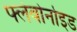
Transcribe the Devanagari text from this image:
फ्लेवोनोइड